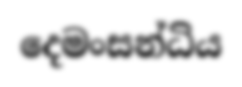
දෙමංසන්ධිය